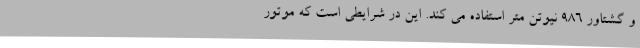
و گشتاور 986 نیوتن متر استفاده می کند. این در شرایطی است که موتور